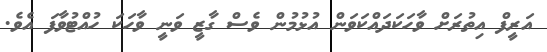
އަރީފް އިތުރަށް ވާހަކަދައްކަވަން އުޅުމުން ވެސް ގާޒީ ވަނީ ވާހަކަ ހުއްޓުވާފަ އެވެ.